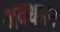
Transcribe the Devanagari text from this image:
अवधमन